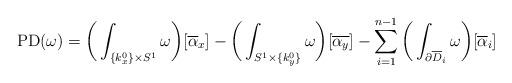
LaTeX: \begin{align*}\mathrm{PD}(\omega)&= \bigg( \int_{\{ k^0_x \} \times S^1} \omega \bigg)[\overline{\alpha}_x]- \bigg( \int_{S^1 \times \{ k^0_y \}} \omega \bigg)[\overline{\alpha_y}]-\sum_{i = 1}^{n-1}\bigg(\int_{\partial \overline{D}_i} \omega\bigg)[\overline{\alpha}_i]\end{align*}